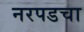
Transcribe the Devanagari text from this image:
नरपडचा